Civil Veterinary Dept. Bombay admin report 1932-41 - 1932-1941
Year: 1932
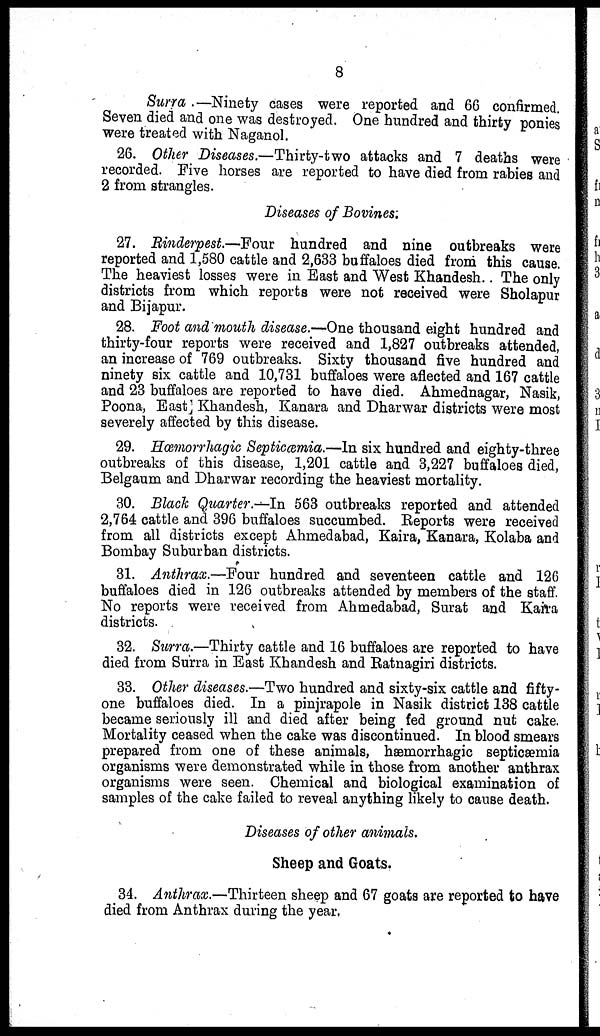
8
Surra .—Ninety cases were reported and 66 confirmed.
Seven died and one was destroyed. One hundred and thirty ponies
were treated with Naganol.
26. Other Diseases.—Thirty-two attacks and 7 deaths were
recorded. Five horses are reported to have died from rabies and
2 from strangles.
Diseases of Bovines.
27. Rinderpest.—Four hundred and nine outbreaks were
reported and 1,580 cattle and 2,633 buffaloes died from this cause.
The heaviest losses were in East and West Khandesh.. The only
districts from which reports were not received were Sholapur
and Bijapur.
28. Foot and mouth disease.—One thousand eight hundred and
thirty-four reports were received and 1,827 outbreaks attended,
an increase of 769 outbreaks. Sixty thousand five hundred and
ninety six cattle and 10,731 buffaloes were aflected and 167 cattle
and 23 buffaloes are reported to have died. Ahmednagar, Nasik,
Poona, East Khandesh, Kanara and Dharwar districts were most
severely affected by this disease.
29. Hæmorrhagic Septicæmia.—In six hundred and eighty-three
outbreaks of this disease, 1,201 cattle and 3,227 buffaloes died,
Belgaum and Dharwar recording the heaviest mortality.
30. Black Quarter.—In 563 outbreaks reported and attended
2,764 cattle and 396 buffaloes succumbed. Reports were received
from all districts except Ahmedabad, Kaira, Kanara, Kolaba and
Bombay Suburban districts.
31. Anthrax.—Four hundred and seventeen cattle and 126
buffaloes died in 126 outbreaks attended by members of the staff.
No reports were received from Ahmedabad, Surat and Kaira
districts.
32. Surra.—Thirty cattle and 16 buffaloes are reported to have
died from Surra in East Khandesh and Ratnagiri districts.
33. Other diseases.—Two hundred and sixty-six cattle and fifty-
one buffaloes died. In a pinjrapole in Nasik district 138 cattle
became seriously ill and died after being fed ground nut cake.
Mortality ceased when the cake was discontinued. In blood smears
prepared from one of these animals, hæmorrhagic septicæmia
organisms were demonstrated while in those from another anthrax
organisms were seen. Chemical and biological examination of
samples of the cake failed to reveal anything likely to cause death.
Diseases of other animals.
Sheep and Goats.
34. Anthrax.—Thirteen sheep and 67 goats are reported to have
died from Anthrax during the year.